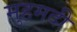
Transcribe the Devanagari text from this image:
मुहमदी